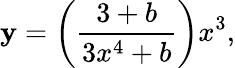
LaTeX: \mathbf{y}=\left(\frac{{3+b}}{{3x^{4}+b}}\right)x^{3},